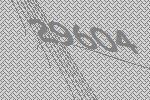
29604